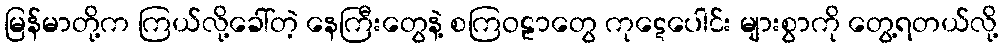
မြန်မာတို့က ကြယ်လို့ခေါ်တဲ့ နေကြီးတွေနဲ့ စကြဝဠာတွေ ကုဋေပေါင်း များစွာကို တွေ့ရတယ်လို့